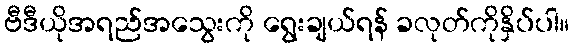
ဗီဒီယိုအရည်အသွေးကို ရွေးချယ်ရန် ခလုတ်ကိုနှိပ်ပါ။